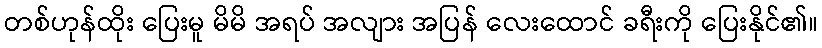
တစ်ဟုန်ထိုး ပြေးမူ မိမိ အရပ် အလျား အပြန် လေးထောင် ခရီးကို ပြေးနိုင်၏။